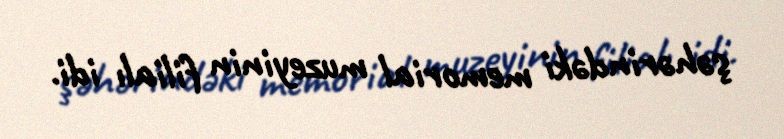
şəhərindəki memorial muzeyinin filialı idi.